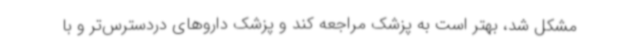
مشکل شد، بهتر است به پزشک مراجعه کند و پزشک داروهای دردسترس‌تر و با